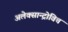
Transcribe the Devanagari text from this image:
अलेक्सान्द्रोविच